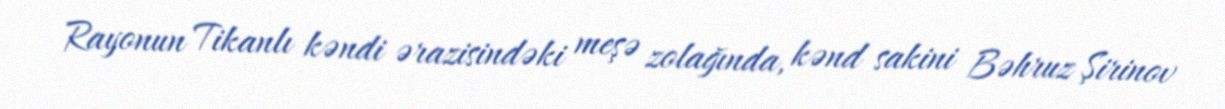
Rayonun Tikanlı kəndi ərazisindəki meşə zolağında, kənd sakini Bəhruz Şirinov